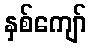
နှစ်ကျော်